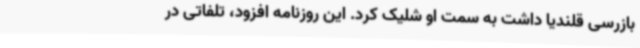
بازرسی قلندیا داشت به سمت او شلیک کرد. این روزنامه افزود، تلفاتی در